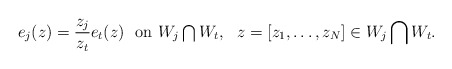
\begin{align*}e_j(z)=\frac{z_j}{z_t}e_t(z)\ \ \mbox{on $W_j\bigcap W_t$},\ \ z=[z_1,\ldots,z_N]\in W_j\bigcap W_t.\end{align*}